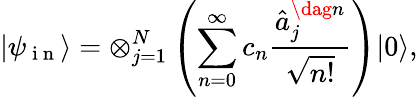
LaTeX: \vert\psi_{\mathrm{~i~n~}}\rangle=\otimes_{j=1}^{N}\left(\sum_{n=0}^{\infty}c_{n}\frac{\hat{a}_{j}^{\dag n}}{\sqrt{n!}}\right)\vert 0\rangle,